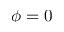
\phi = 0